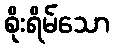
စိုးရိမ်သော